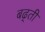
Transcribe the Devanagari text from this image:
बढ्ती